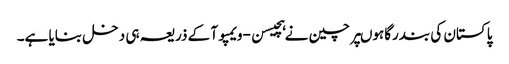
پاکستان کی بندرگاہوںپر چین نے ہچیسن-ویمپوآ کے ذریعہ ہی دخل بنایا ہے۔